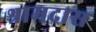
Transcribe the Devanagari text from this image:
श्रामदास